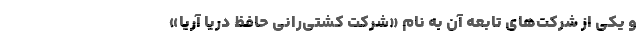
و یکی از شرکت‌های تابعه آن به نام «شرکت کشتی‌رانی حافظ دریا آریا»